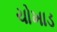
ચોખાડ